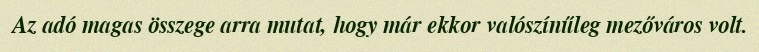
Az adó magas összege arra mutat, hogy már ekkor valószínűleg mezőváros volt.